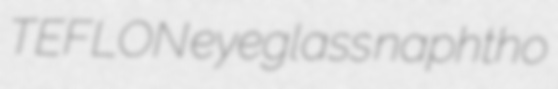
TEFLON eyeglass naphtho